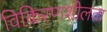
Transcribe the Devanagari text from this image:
विकिरणशीलता